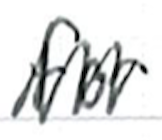
Text: for
Cross-out: zig-zag
Writing tool: ballpoint